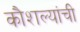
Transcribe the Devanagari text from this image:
कौशल्यांची